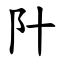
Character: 䦹